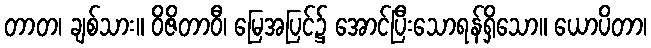
တာတ၊ ချစ်သား။ ဝိဇိတာဝီ၊ မြေအပြင်၌ အောင်ပြီးသောရန်ရှိသော။ ယောပိတာ၊